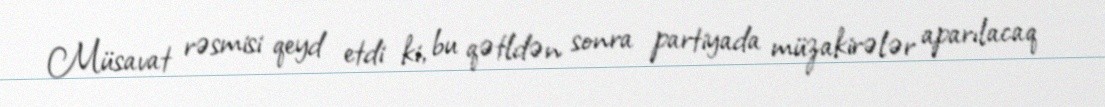
Müsavat rəsmisi qeyd etdi ki, bu qətldən sonra partiyada müzakirələr aparılacaq